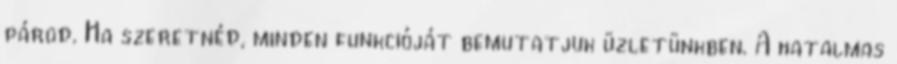
párod. Ha szeretnéd, minden funkcióját bemutatjuk üzletünkben. A hatalmas